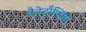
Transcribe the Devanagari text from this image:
थैनेटॉॅप्सिस